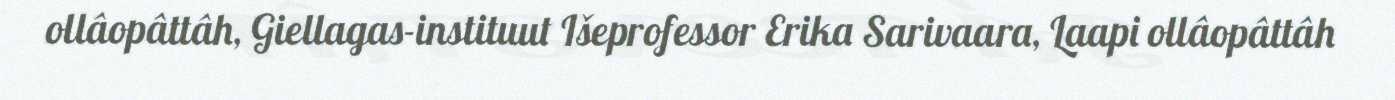
ollâopâttâh, Giellagas-instituut Išeprofessor Erika Sarivaara, Laapi ollâopâttâh